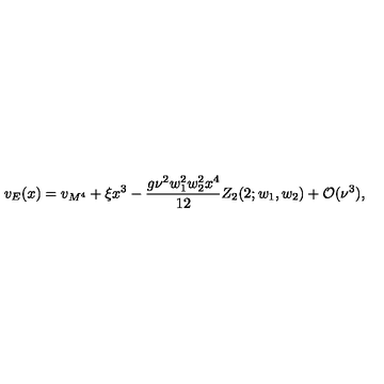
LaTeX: v _ { E } ( x ) = v _ { M ^ { 4 } } + \xi x ^ { 3 } - \frac { g \nu ^ { 2 } w _ { 1 } ^ { 2 } w _ { 2 } ^ { 2 } x ^ { 4 } } { 1 2 } Z _ { 2 } ( 2 ; w _ { 1 } , w _ { 2 } ) + { \cal O } ( \nu ^ { 3 } ) ,